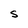
Character: S